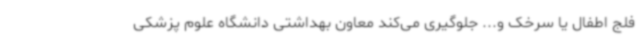
فلج اطفال یا سرخک و... جلوگیری می‌کند معاون بهداشتی دانشگاه علوم پزشکی